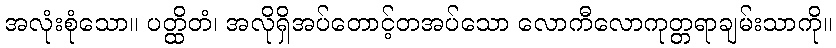
အလုံးစုံသော။ ပတ္ထိတံ၊ အလိုရှိအပ်တောင့်တအပ်သော လောကီလောကုတ္တရာချမ်းသာကို။